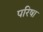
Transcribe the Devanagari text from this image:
परिषा